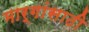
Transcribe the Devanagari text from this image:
मार्गांसाठी